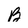
Character: B